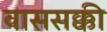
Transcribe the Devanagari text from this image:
वाससक्की